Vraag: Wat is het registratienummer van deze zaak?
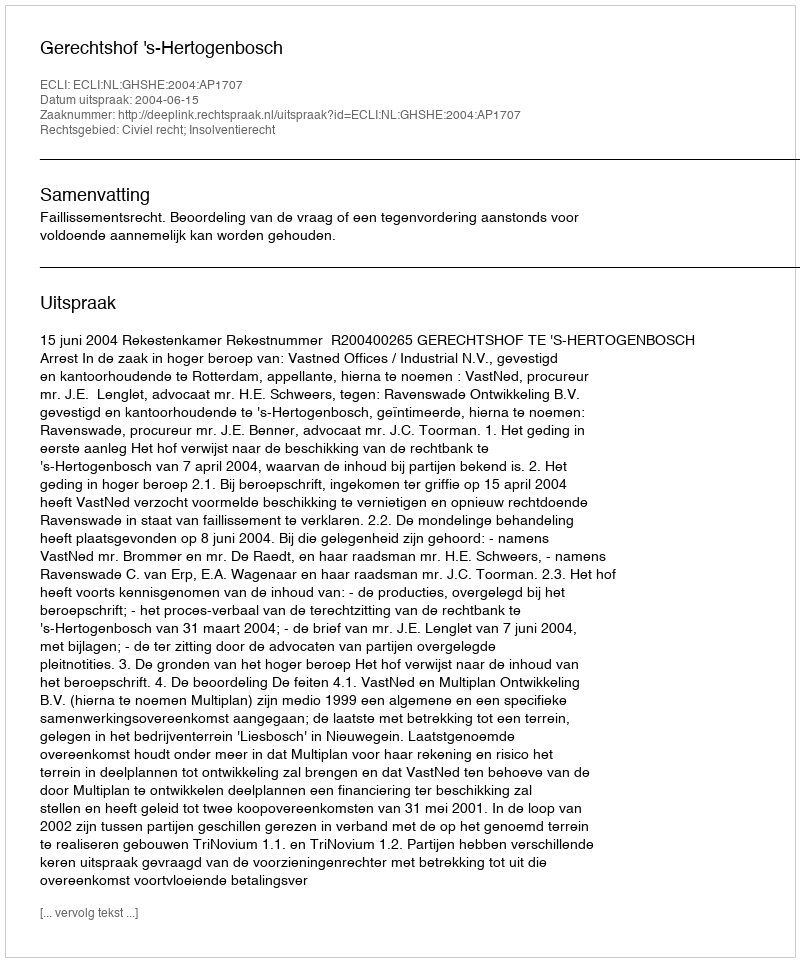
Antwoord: http://deeplink.rechtspraak.nl/uitspraak?id=ECLI:NL:GHSHE:2004:AP1707